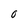
Character: 0